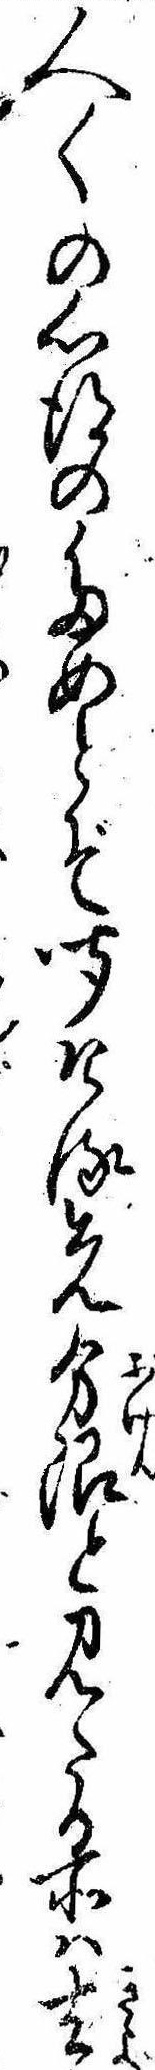
人〱の心得のためとぞ聞ける先分限と見たる所は去